Report on vaccination in the Province of Bengal - 1874-1889
Year: 1874
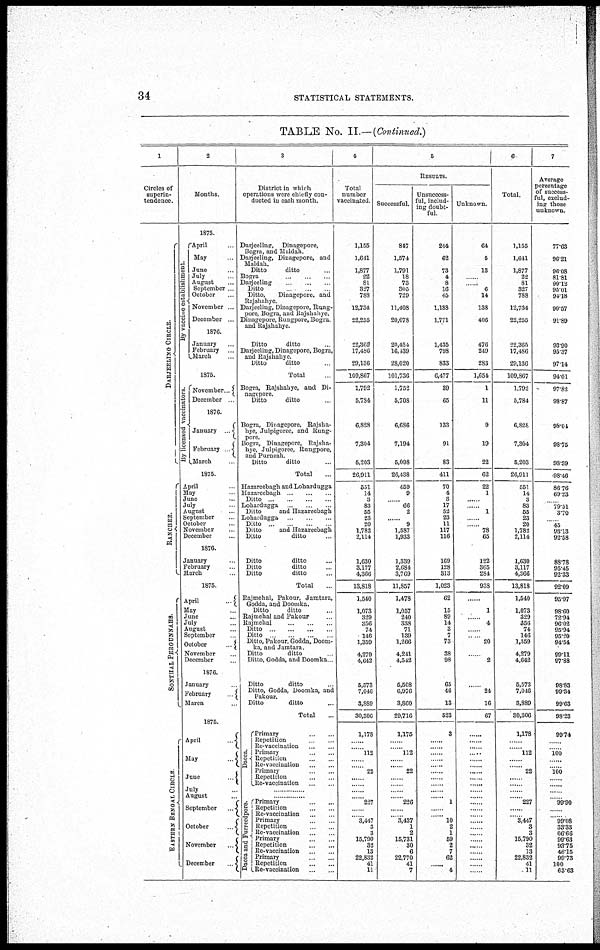
34
STATISTICAL STATEMENTS.
TABLE No. II.— (Continued.)
1
Circles of
superin-
tendence.
DARJEELING CIRCLE.
RANCHEE.
SONTHAL PERGUNNAHS.
EASTERN BENGAL CIRCLE.
2
Months.
1875.
By vaccine establishment.
April ...
May ...
June ...
July ...
August ...
September ...
October...
November ...
December ...
1876.
January ...
February ...
March ...
1875.
By licensed vaccinators.
November ...
December ...
1876.
January
...
February
...
March ...
1875.
April ...
May ...
June...
July ...
August ...
September...
October ...
November ...
December...
1876.
January ...
February ...
March ...
1875.
April...
May ...
June ..
July ...
August ...
September ...
October
...
November ...
December ...
1876.
January ...
February
...
March ...
1875.
April
...
May...
June
...
July ...
August ...
September
...
October
...
November
...
December
...
3
District in which
operations were chiefly con-
ducted in each month.
Darjeeling, Dinagepore,
Bogra, and Maldah
Darjeeling, Dinagepore, and
Maldah.
Ditto
ditto ...
Bogra... ... ...
Darjeeling ... ... ...
Ditto ... ... ...
Ditto, Dinagepore, and
Rajshahye.
Darjeeling, Dinagepore, Rung¬
pore, Bogra,and Rajshahye.
Dinagepore, Rungpore, Bogra,
and Rajshahye.
Ditto
ditto ...
Darjeeling, Dinagepore, Bogra,
and Rajshahye.
Ditto
ditto ...
Total ...
Bogra, Rajshahye, and Di-
nagepore.
Ditto
ditto ...
Bogra, Dinagepore, Rajsha-
hye, Julpigoree, and Rung¬
pore.
Bogra, Dinagepore, Rajsha-
hye, Julpigoree, Rungpore,
and Purneah.
Ditto
ditto ...
Total ...
Hazareebagh and Lohardugga
Hazareebagh ... ... ...
Ditto
...
...
...
...
Lohardugga... ... ...
Ditto
and Hazareebagh
Lohardugga ... ... ...
Ditto ... ... ... ...
Ditto
and Hazareebagh
Ditto
ditto ...
Ditto
ditto...
Ditto
ditto...
Ditto
ditto ...
Total...
Rajmehal, Pakour, Jamtara,
Godda, and Doomka.
Ditto ditto ...
Rajmehal and Pakour ...
Rajmehal ... ... ...
Ditto
...
...
...
...
Ditto ... ... ... ...
Ditto, Pakour, Godda, Doom¬
ka, and Jamtara.
Ditto
ditto ...
Ditto, Godda, and Doomka ...
Ditto
ditto...
Ditto, Godda, Doomka, and
Pakour.
Ditto
ditto ...
Total ...
Dacca.
Primary ... ...
Repetition ... ...
Re-vaccination... ...
Primary
...
...
Repetition... ...
Re-vaccination... ...
Primary... ...
Repetition ... ...
Re-vaccination... ...
...............
...............
Dacca and Furreedpore.
Primary ... ...
Repetition ... ...
Re-vaccination ... ...
Primary ... ...
Repetition ... ...
Re-vaccination ... ...
Primary ... ...
Repetition
...
...
Re-vaccination ... ...
Primary
...
...
Repetition
...
...
Re-vaccination
...
...
4
Total
number
vaccinated
1,155
1,641
1,877
22
81
327
788
12,734
22,255
22,365
17,486
29,136
109,867
1,792
5,784
6,828
7,304
5,203
26,911
551
14
3
83
55
23
20
1,782
2,114
1,630
3,177
4,366
13,818
1,540
1,073
329
356
74
146
1,359
4,279
4,642
5,573
7,046
3,889
30,306
1,178
......
......
112
...... ......
22
......
......
......
......
227
......
......
3,447
3
3
15,790
32
13
22,832
41
11
5
RESULTS.
Successful.
847
1,574
1,791
18
73
305
729
11,408
20,078
20,454
16,439
28,020
101,736
1,752
5,708
6,686
7,194
5,098
26,438
459
9
......
66
2
......
9
1,587
1,933
1,339
2,684
3,769
11,857
1,478
1,057
240
338
71
139
1,266
4,241
4,542
5,508
6,976
3,860
29,716
1,175
......
......
112
......
......
22
...... ......
......
......
226
......
......
3,437
1
2
15,731
30
6
22,770
41
7
Unsuccess-
ful, includ-
ing doubt-
ful
244
62
73
4
8
16
45
1,188
1,771
1,435
798
833
6,477
39
65
133
91
83
411
70
4
3
17
52
23
11
117
116
169
128
313
1,023
62
15
89
14
3
7
73
38
98
65
46
13
523
3
......
......
......
......
...... ......
......
......
......
...... 1
......
......
10
2
1
59
2
7
62
......
4
Unknown.
64
5
13
......
......
6
14
138
406
476
249
283
1,654
1
11
9
19
22
62
22
1
......
......
1
......
......
78
65
122
365
284
938
......
1
......
4
......
......
20
......
2
......
24
16
67
......
......
...... ......
......
......
......
...... ......
......
......
......
......
...... ......
......
...... ......
......
......
...... ......
......
6
Total
1,155
1,641
1,877
22
81
327
788
12,734
22,255
22,365
17,486
29,136
109,867
1,792
5,784
6,828
7,304
5,203
26,911
551
14
3
83
55
23
20
1,782
2,114
1,630
3,117
4,366
13,818
1,540
1,073
329
356
74
146
1,359
4,279
4,642
5,573
7,046
3,889
30,306
1,178
......
......
112
...... ......
22
......
......
......
......
227
......
......
3,447
3
3
15,790
32
13
22,832
41
11
7
Average
percentage
of success-
ful, exclud-
ing those
unknown.
77.63
96.21
96.08
81.81
90.12
95.01
94.18
90.57
91.89
93.90
95.37
97.14
94.01
97.82
98.87
98.04
93.75
98.39
98.46
86.76
69.23
......
79.51
3.70
......
45
93.13
92.58
88.78
95.45
92.33
92.09
95.97
98.60
72.94
96.02
95.94
95.20
94.54
99.11
97.88
98.83
99.34
99.63
98.23
99.74
......
...... 100
......
......
100
......
...... ......
......
99.90
......
......
99.08
33.33
66.66
99.63
93.75
46.15
99.73
100
63.63